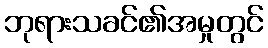
ဘုရားသခင်၏အမှုတွင်